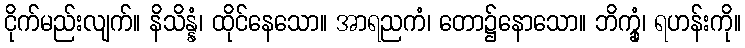
ငိုက်မည်းလျက်။ နိသိန္နံ၊ ထိုင်နေသော။ အာရညကံ၊ တော၌နောသော။ ဘိက္ခုံ၊ ရဟန်းကို။